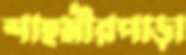
শাহমীরপাড়া